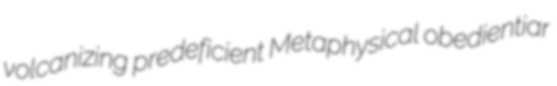
volcanizing predeficient Metaphysical obedientiar